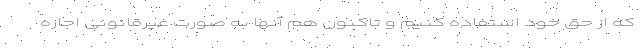
که از حق خود استفاده کنیم و تاکنون هم آنها به صورت غیرقانونی اجازه